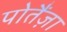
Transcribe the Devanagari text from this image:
पोतैंज़ा